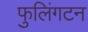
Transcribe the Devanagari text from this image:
फुलिंगटन